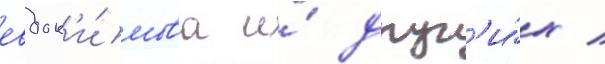
евдок'и́мова и́ друг'и́х /